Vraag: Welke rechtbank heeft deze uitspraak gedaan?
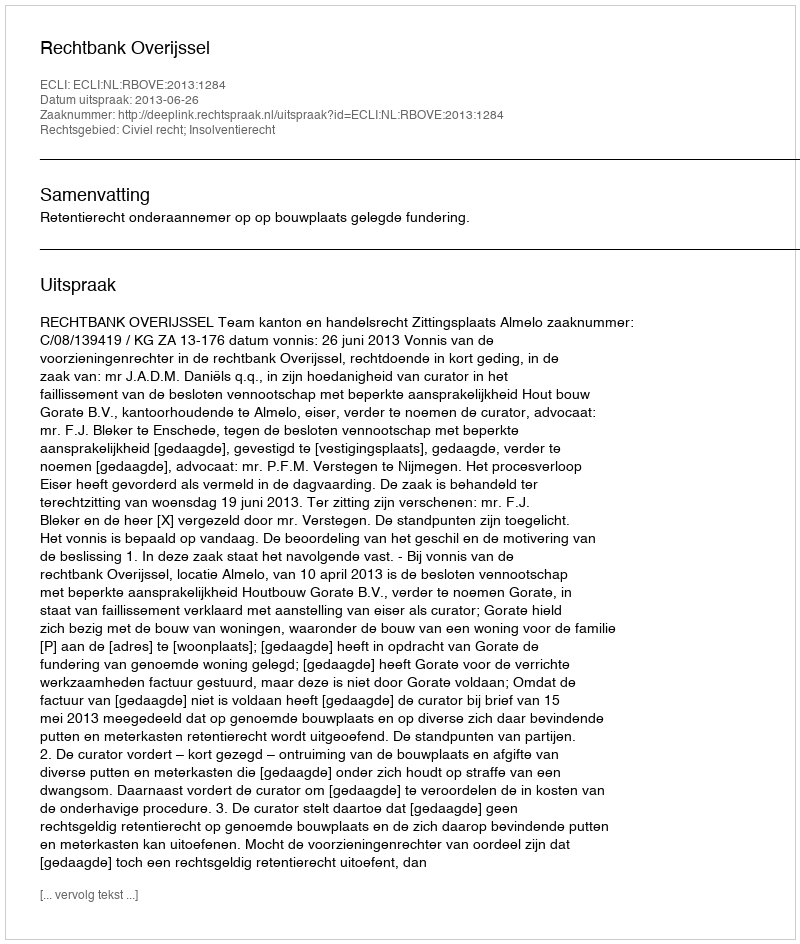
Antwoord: Rechtbank Overijssel